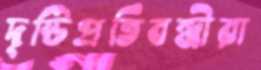
দৃষ্টিপ্রতিবন্ধীরা